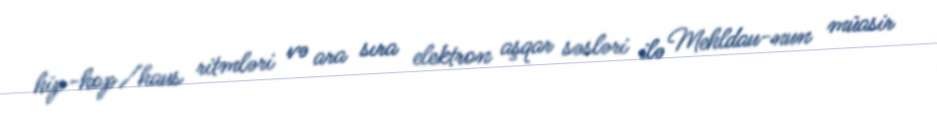
hip-hop/haus ritmləri və ara sıra elektron aşqar səsləri ilə Mehldau-nun müasir